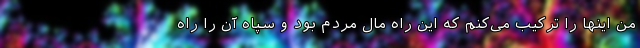
من اینها را ترکیب می‌کنم که این راه مال مردم بود و سپاه آن را راه